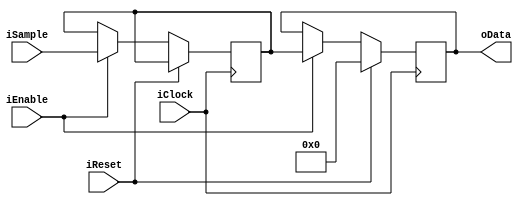
/* 
 * Fmax: 940MHz
 */ 

module FixedDecoderOrder0(input iClock,
                    input iReset, 
                    input iEnable, 
                    input signed [15:0] iSample, 
                    output signed [15:0] oData);
                        
reg signed [15:0] dataq;
reg [3:0] warmup_count;
reg signed [15:0] SampleD1;

assign oData = dataq;

always @(posedge iClock)
begin
    if (iReset) begin
        dataq <= 0;
    end else if (iEnable) begin
        SampleD1 <= iSample;
        dataq <= SampleD1;
    end
end
endmodule